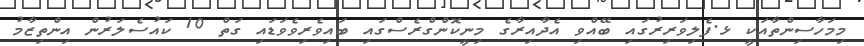
މިމަހާސިންތާއަކީ ޅ.ފެލިވަރިރުގައި ބޭއްވި އެދާއިރާގެ މިނީކޮންގްރެސްގައި ބައިވެރިވެވަޑައި ގަތް 10 ކައުސެލަރުން އިންތިޒާމު